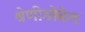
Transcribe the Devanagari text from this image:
श्रेणीङोबेल